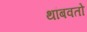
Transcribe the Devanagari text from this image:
थांबवतो